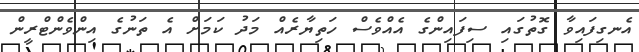
އެނގިފައިވާ ގޮތުގައި ސިފައިންގެ އެއްވެސް ހަތިޔާރެއް މަދު ކަމަށް އެ ތަނުގެ އިންވެންޓްރީން